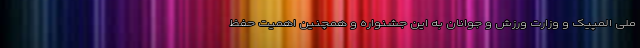
ملی المپیک و وزارت ورزش و جوانان به این جشنواره و همچنین اهمیت حفظ